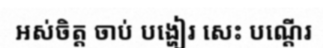
អស់ចិត្ត ចាប់ បង្ហៀរ សេះ បណ្តើរ